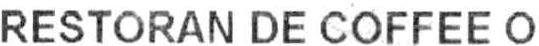
RESTORAN DE COFFEE O